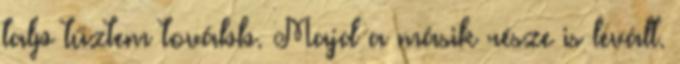
talp tűztem tovább. Majd a másik része is levált.